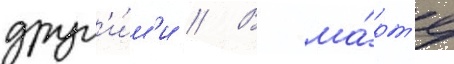
друг'и́м'и // В ма́рт'е